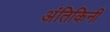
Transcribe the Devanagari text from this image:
अंतिकिनी